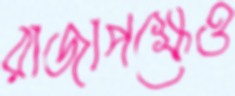
রাজাপক্ষেও